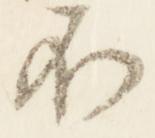
不